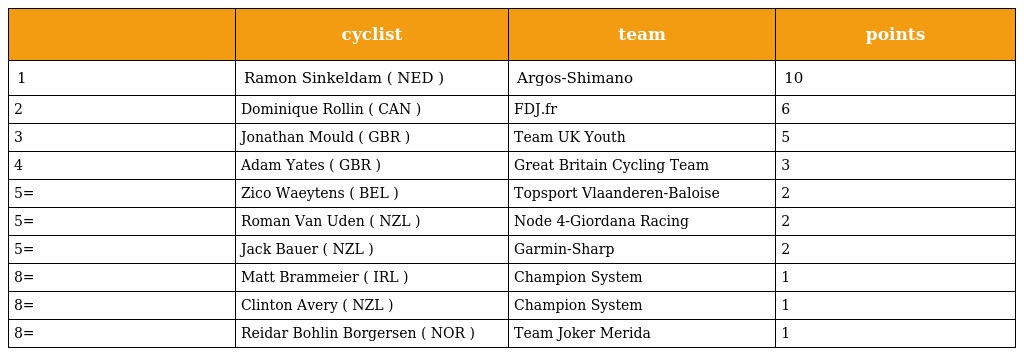
|  | cyclist | team | points |
 | --- | --- | --- | --- |
 | 1 | Ramon Sinkeldam ( NED ) | Argos-Shimano | 10 |
 | 2 | Dominique Rollin ( CAN ) | FDJ.fr | 6 |
 | 3 | Jonathan Mould ( GBR ) | Team UK Youth | 5 |
 | 4 | Adam Yates ( GBR ) | Great Britain Cycling Team | 3 |
 | 5= | Zico Waeytens ( BEL ) | Topsport Vlaanderen-Baloise | 2 |
 | 5= | Roman Van Uden ( NZL ) | Node 4-Giordana Racing | 2 |
 | 5= | Jack Bauer ( NZL ) | Garmin-Sharp | 2 |
 | 8= | Matt Brammeier ( IRL ) | Champion System | 1 |
 | 8= | Clinton Avery ( NZL ) | Champion System | 1 |
 | 8= | Reidar Bohlin Borgersen ( NOR ) | Team Joker Merida | 1 |